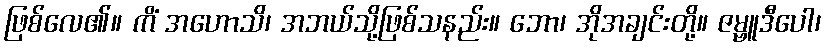
ဖြစ်လေ၏။ ကိံ အဟောသိ၊ အဘယ်သို့ဖြစ်သနည်း။ ဘော၊ အိုအချင်းတို့။ ဇမ္ဗူဒီပေါ၊